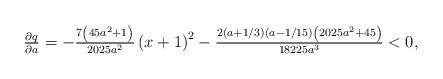
LaTeX: \begin{align*}\tfrac{\partial q}{\partial a}=-\tfrac{7\left( 45a^{2}+1\right) }{2025a^{2}}\left( x+1\right) ^{2}-\tfrac{2\left( a+1/3\right) \left( a-1/15\right)\left( 2025a^{2}+45\right) }{18225a^{3}}<0, \end{align*}